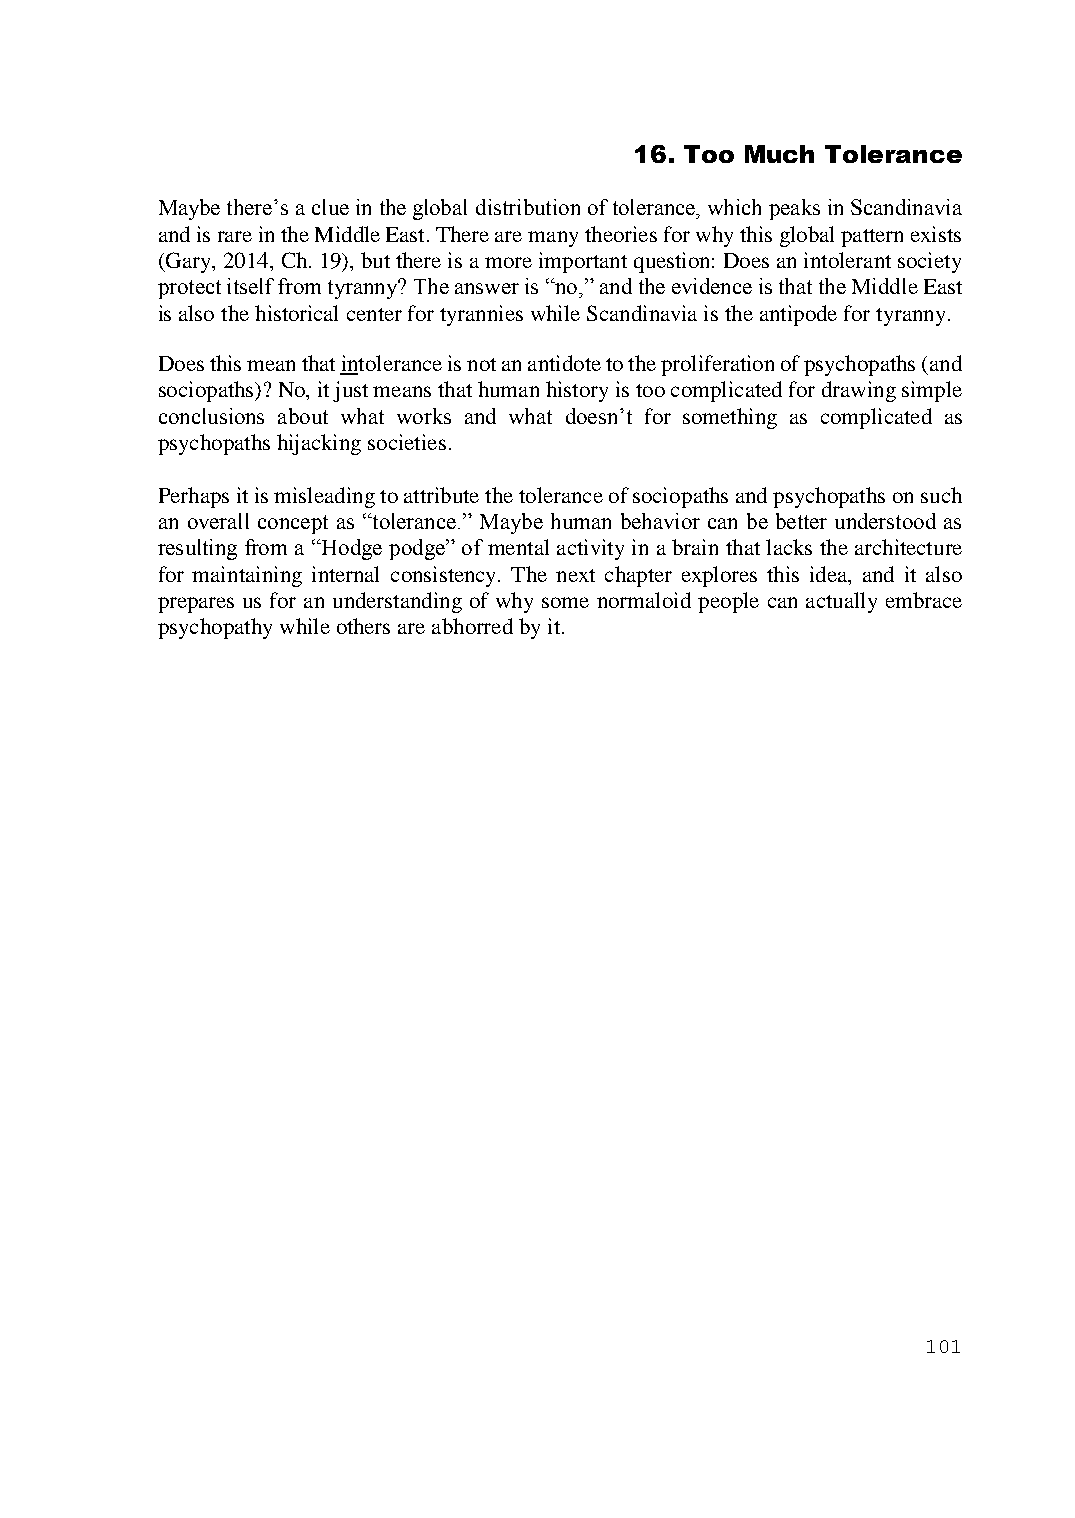
16. Too Much Tolerance
 Maybe there’s a clue in the global distribution of tolerance, which peaks in Scandinavia
 and is rare in the Middle East. There are many theories for why this global pattern exists
 (Gary, 2014, Ch. 19), but there is a more important question: Does an intolerant society
 protect itself from tyranny? The answer is “no,” and the evidence is that the Middle East
 is also the historical center for tyrannies while Scandinavia is the antipode for tyranny.
 Does this mean that intolerance is not an antidote to the proliferation of psychopaths (and
 sociopaths)? No, it just means that human history is too complicated for drawing simple
 conclusions about what works and what doesn’t for something as complicated as
 psychopaths hijacking societies.
 Perhaps it is misleading to attribute the tolerance of sociopaths and psychopaths on such
 an overall concept as “tolerance.” Maybe human behavior can be better understood as
 resulting from a “Hodge podge” of mental activity in a brain that lacks the architecture
 for maintaining internal consistency. The next chapter explores this idea, and it also
 prepares us for an understanding of why some normaloid people can actually embrace
 psychopathy while others are abhorred by it.
 101